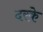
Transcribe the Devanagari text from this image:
दरके